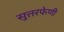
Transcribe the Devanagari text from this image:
सुत्तरफेणी